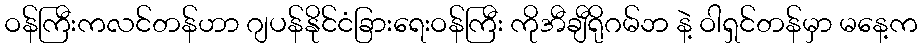
ဝန်ကြီးကလင်တန်ဟာ ဂျပန်နိုင်ငံခြားရေးဝန်ကြီး ကိုအီချီရိုဂမ်ဘ နဲ့ ဝါရှင်တန်မှာ မနေ့က